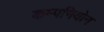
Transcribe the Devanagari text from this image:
कम्पनियोन